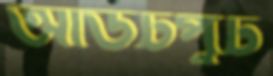
আউটপুট